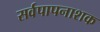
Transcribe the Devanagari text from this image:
सर्वपापनाशक